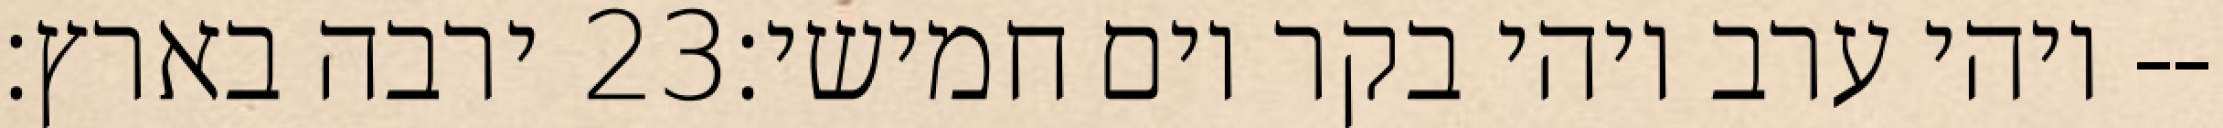
ירבה בארץ׃ ‎23‏ ויהי ערב ויהי בקר יום חמישי׃--